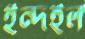
ইন্দইল